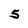
Character: 5